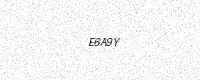
Text: E6A9Y